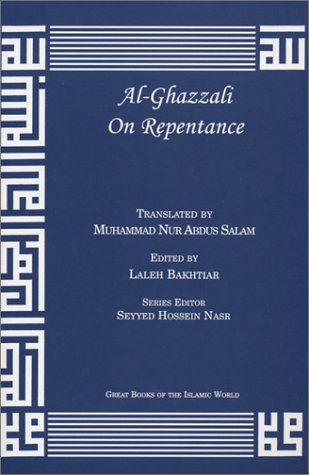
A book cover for Al-Ghazzali On Repentance; AbÃ» HÃ¢mid Muhammad ibn Muhammad al-GhazÃ¢lÃ®; Religion & Spirituality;